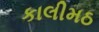
કાલીમઠ